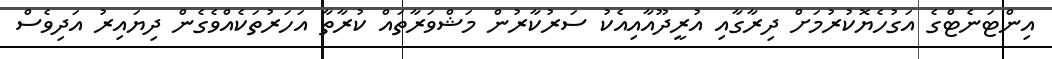
އިންޓަނެޓްގެ އަގުހެޔޮކުރުމަށް ދިރާގާއި އުރީދޫއާއިއެކު ސަރުކާރުން މަޝްވަރާތައް ކުރާތާ އަހަރުތަކެއްވެގެން ދިޔައިރު އަދިވެސް